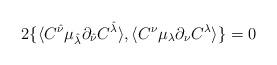
LaTeX: \begin{align*}2\{\langle{C}^{\hat{\nu}}\mu_{\hat{\lambda}}\partial_{\hat{\nu}}{C}^{\hat{\lambda}}\rangle,\langle{C}^\nu\mu_\lambda\partial_\nu{C}^\lambda\rangle\}=0\end{align*}